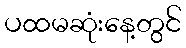
ပထမဆုံးနေ့တွင်